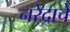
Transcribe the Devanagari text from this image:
नरेंद्राचे